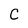
Character: C